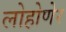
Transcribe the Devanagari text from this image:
लोहोणेर